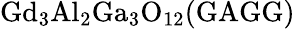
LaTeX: \mathrm{Gd_{3}Al_{2}Ga_{3}O_{12}(GAGG)}